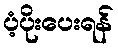
ပံ့ပိုးပေးရန်